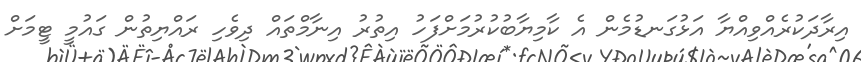
އިރާދަކުރެއްވިއްޔާ އަޅުގަނޑުމެން އެ ކާމިޔާބުކުރުމަށްފަހު އިތުރު އިނާމްތައް ދިވެހި ރައްޔިތުން ގައުމީ ޓީމަށް